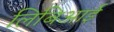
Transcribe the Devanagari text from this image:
लिबिआई